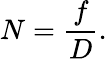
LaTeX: N={\frac{f}{D}}.